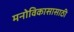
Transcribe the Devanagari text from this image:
मनोविकासासाठी